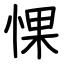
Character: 惈